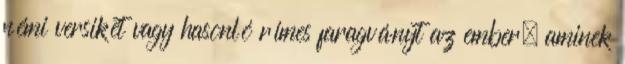
némi versikét vagy hasonló rímes faragványt az ember, aminek